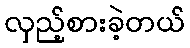
လှည့်စားခဲ့တယ်